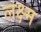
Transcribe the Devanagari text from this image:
लक्ष्म